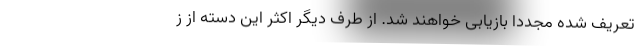
تعریف شده مجددا بازیابی خواهند شد. از طرف دیگر اکثر این دسته از ز